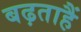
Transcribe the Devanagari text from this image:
बढ़ताहैं